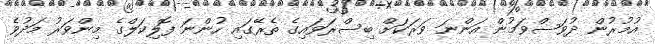
އުމުރުން ދުވަސްވަމުން އަންނަ ވަރަކަށް ބިސްރަވައިގެ ތެރޭގައި ހުންނަ ފޮލިކަލްގެ މިންވަރު މަދުވެ